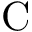
\mathrm { C }